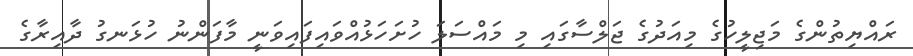
ރައްޔިތުންގެ މަޖިލީހުގެ މިއަދުގެ ޖަލްސާގައި މި މައްސަލަ ހުށަހަޅުއްވައިފައިވަނީ މާފަންނު ހުޅަނގު ދާއިރާގެ